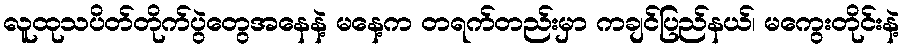
လူထုသပိတ်တိုက်ပွဲတွေအနေနဲ့ မနေ့က တရက်တည်းမှာ ကချင်ပြည်နယ်၊ မကွေးတိုင်းနဲ့